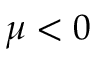
\mu < 0